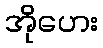
အိုဟေး